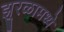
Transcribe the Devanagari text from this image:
झुरळामध्ये